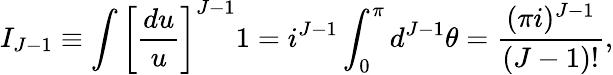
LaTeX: I_{J-1}\equiv\int\left[\frac{du}{u}\right]^{J-1}1=i^{J-1}\int_{0}^{\pi}d^{J-1}\theta=\frac{(\pi i)^{J-1}}{(J-1)!},